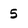
Character: 5